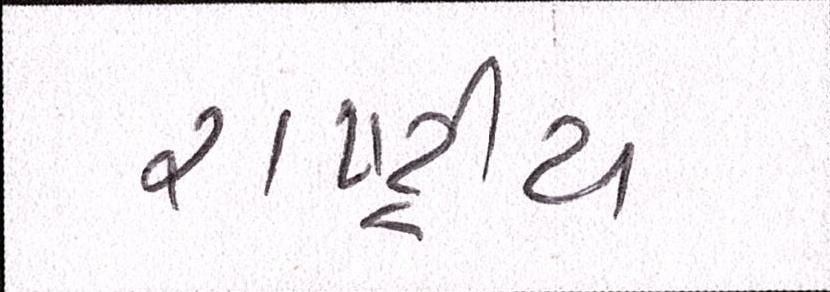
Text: રાષ્ટ્રીય